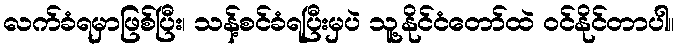
လက်ခံရမှာဖြစ်ပြီး၊ သန့်စင်ခံရပြီးမှပဲ သူ့နိုင်ငံတော်ထဲ ဝင်နိုင်တာပါ။